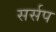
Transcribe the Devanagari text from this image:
सर्सप